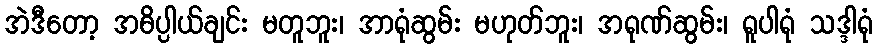
အဲဒီတော့ အဓိပ္ပါယ်ချင်း မတူဘူး၊ အာရုံဆွမ်း မဟုတ်ဘူး၊ အရုဏ်ဆွမ်း၊ ရူပါရုံ သဒ္ဒါရုံ